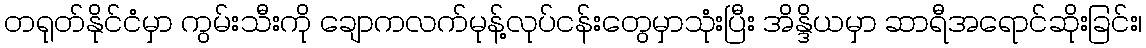
တရုတ်နိုင်ငံမှာ ကွမ်းသီးကို ချောကလက်မုန့်လုပ်ငန်းတွေမှာသုံးပြီး အိန္ဒိယမှာ ဆာရီအရောင်ဆိုးခြင်း၊